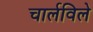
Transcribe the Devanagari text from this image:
चार्लविले